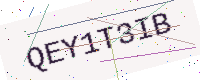
Text: QEY1T3IB